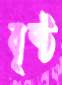
বৃষ্ট